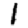
Digit: 1